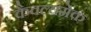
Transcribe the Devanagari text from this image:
कैवल्यमेकं